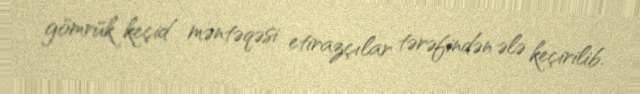
gömrük keçid məntəqəsi etirazçılar tərəfindən ələ keçirilib.